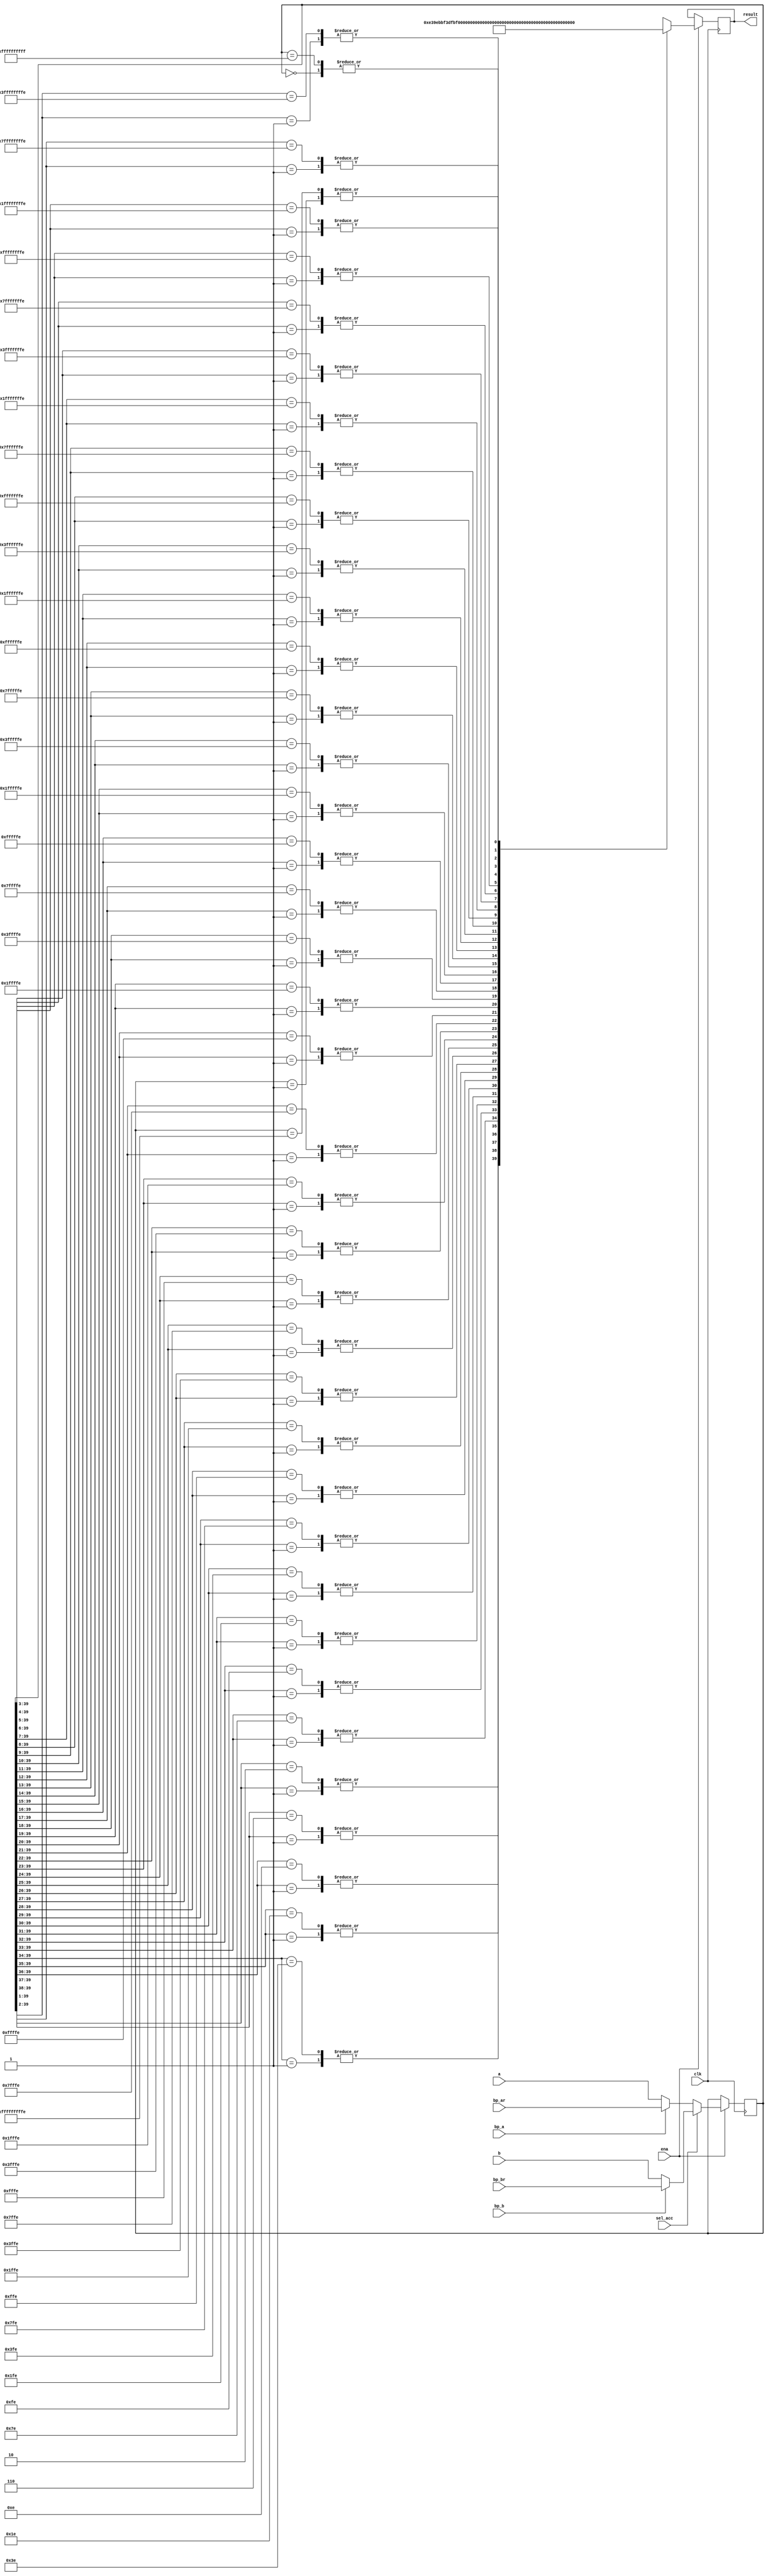
module oc54_exp (
	clk, ena,
	sel_acc,
	a, b,
	bp_ar, bp_br,
	bp_a, bp_b,
	result
	);

//
// parameters
//

//
// inputs & outputs
//
input         clk;
input         ena;
input         sel_acc;                  // select accumulator
input  [39:0] a, b;                     // accumulator inputs
input  [39:0] bp_ar, bp_br;             // bypass accumulator a / b
input         bp_a, bp_b;               // bypass selects
output [ 5:0] result;

reg [5:0] result;

//
// variables
//
reg [39:0] acc;

/////////////////
// module body //
/////////////////  34('1') - 1(sign bit) - 8

//
// generate input selection
//

// input selection
always@(posedge clk)
	if (ena)
		if (sel_acc)
			acc = bp_b ? bp_br : b;
		else
			acc = bp_a ? bp_ar : a;

//
// Generate exponent encoder
//
// The result of the exponent encoder is the number of leading
// redundant bits, except the sign-bit, -8. Exp is in the -8 to +31 range.

// 00_0110 -> 11_1001 -> 11_1010

always@(posedge clk)
	if (ena)
		casex (acc) // synopsis full_case parallel_case
			//
			// positive numbers
			//
			40'b01??_????_????_????_????_????_????_????_????_????:
				result <= #1 6'h38; // 1 (leading red. bit) - 1 (sign bit) - 8 = -8
			40'b001?_????_????_????_????_????_????_????_????_????:
				result <= #1 6'h39; // 2 (leading red. bit) - 1 (sign bit) - 8 = -7
			40'b0001_????_????_????_????_????_????_????_????_????:
				result <= #1 6'h3a; // 3 (leading red. bit) - 1 (sign bit) - 8 = -6
			40'b0000_1???_????_????_????_????_????_????_????_????:
				result <= #1 6'h3b; // 4 (leading red. bit) - 1 (sign bit) - 8 = -5

			40'b0000_01??_????_????_????_????_????_????_????_????:
				result <= #1 6'h3c; // 5 (leading red. bit) - 1 (sign bit) - 8 = -4
			40'b0000_001?_????_????_????_????_????_????_????_????:
				result <= #1 6'h3d; // 6 (leading red. bit) - 1 (sign bit) - 8 = -3
			40'b0000_0001_????_????_????_????_????_????_????_????:
				result <= #1 6'h3e; // 7 (leading red. bit) - 1 (sign bit) - 8 = -2
			40'b0000_0000_1???_????_????_????_????_????_????_????:
				result <= #1 6'h3f; // 8 (leading red. bit) - 1 (sign bit) - 8 = -1

			40'b0000_0000_01??_????_????_????_????_????_????_????:
				result <= #1 6'h00; // 9 (leading red. bit) - 1 (sign bit) - 8 = 0
			40'b0000_0000_001?_????_????_????_????_????_????_????:
				result <= #1 6'h01; //10 (leading red. bit) - 1 (sign bit) - 8 = 1
			40'b0000_0000_0001_????_????_????_????_????_????_????:
				result <= #1 6'h02; //11 (leading red. bit) - 1 (sign bit) - 8 = 2
			40'b0000_0000_0000_1???_????_????_????_????_????_????:
				result <= #1 6'h03; //12 (leading red. bit) - 1 (sign bit) - 8 = 3

			40'b0000_0000_0000_01??_????_????_????_????_????_????:
				result <= #1 6'h04; //13 (leading red. bit) - 1 (sign bit) - 8 = 4
			40'b0000_0000_0000_001?_????_????_????_????_????_????:
				result <= #1 6'h05; //14 (leading red. bit) - 1 (sign bit) - 8 = 5
			40'b0000_0000_0000_0001_????_????_????_????_????_????:
				result <= #1 6'h06; //15 (leading red. bit) - 1 (sign bit) - 8 = 6
			40'b0000_0000_0000_0000_1???_????_????_????_????_????:
				result <= #1 6'h07; //16 (leading red. bit) - 1 (sign bit) - 8 = 7

			40'b0000_0000_0000_0000_01??_????_????_????_????_????:
				result <= #1 6'h08; //17 (leading red. bit) - 1 (sign bit) - 8 = 8
			40'b0000_0000_0000_0000_001?_????_????_????_????_????:
				result <= #1 6'h09; //18 (leading red. bit) - 1 (sign bit) - 8 = 9
			40'b0000_0000_0000_0000_0001_????_????_????_????_????:
				result <= #1 6'h0a; //19 (leading red. bit) - 1 (sign bit) - 8 =10
			40'b0000_0000_0000_0000_0000_1???_????_????_????_????:
				result <= #1 6'h0b; //20 (leading red. bit) - 1 (sign bit) - 8 =11
	
			40'b0000_0000_0000_0000_0000_01??_????_????_????_????:
				result <= #1 6'h0c; //21 (leading red. bit) - 1 (sign bit) - 8 =12
			40'b0000_0000_0000_0000_0000_001?_????_????_????_????:
				result <= #1 6'h0d; //22 (leading red. bit) - 1 (sign bit) - 8 =13
			40'b0000_0000_0000_0000_0000_0001_????_????_????_????:
				result <= #1 6'h0e; //23 (leading red. bit) - 1 (sign bit) - 8 =14
			40'b0000_0000_0000_0000_0000_0000_1???_????_????_????:
				result <= #1 6'h0f; //24 (leading red. bit) - 1 (sign bit) - 8 =15

			40'b0000_0000_0000_0000_0000_0000_01??_????_????_????:
				result <= #1 6'h10; //25 (leading red. bit) - 1 (sign bit) - 8 =16
			40'b0000_0000_0000_0000_0000_0000_001?_????_????_????:
				result <= #1 6'h11; //26 (leading red. bit) - 1 (sign bit) - 8 =17
			40'b0000_0000_0000_0000_0000_0000_0001_????_????_????:
				result <= #1 6'h12; //27 (leading red. bit) - 1 (sign bit) - 8 =18
			40'b0000_0000_0000_0000_0000_0000_0000_1???_????_????:
				result <= #1 6'h13; //28 (leading red. bit) - 1 (sign bit) - 8 =19

			40'b0000_0000_0000_0000_0000_0000_0000_01??_????_????:
				result <= #1 6'h14; //29 (leading red. bit) - 1 (sign bit) - 8 =20
			40'b0000_0000_0000_0000_0000_0000_0000_001?_????_????:
				result <= #1 6'h15; //30 (leading red. bit) - 1 (sign bit) - 8 =21
			40'b0000_0000_0000_0000_0000_0000_0000_0001_????_????:
				result <= #1 6'h16; //31 (leading red. bit) - 1 (sign bit) - 8 =22
			40'b0000_0000_0000_0000_0000_0000_0000_0000_1???_????:
				result <= #1 6'h17; //32 (leading red. bit) - 1 (sign bit) - 8 =23

			40'b0000_0000_0000_0000_0000_0000_0000_0000_01??_????:
				result <= #1 6'h18; //33 (leading red. bit) - 1 (sign bit) - 8 =24
			40'b0000_0000_0000_0000_0000_0000_0000_0000_001?_????:
				result <= #1 6'h19; //34 (leading red. bit) - 1 (sign bit) - 8 =25
			40'b0000_0000_0000_0000_0000_0000_0000_0000_0001_????:
				result <= #1 6'h1a; //35 (leading red. bit) - 1 (sign bit) - 8 =26
			40'b0000_0000_0000_0000_0000_0000_0000_0000_0000_1???:
				result <= #1 6'h1b; //36 (leading red. bit) - 1 (sign bit) - 8 =27

			40'b0000_0000_0000_0000_0000_0000_0000_0000_0000_01??:
				result <= #1 6'h1c; //37 (leading red. bit) - 1 (sign bit) - 8 =28
			40'b0000_0000_0000_0000_0000_0000_0000_0000_0000_001?:
				result <= #1 6'h1d; //38 (leading red. bit) - 1 (sign bit) - 8 =29
			40'b0000_0000_0000_0000_0000_0000_0000_0000_0000_0001:
				result <= #1 6'h1e; //39 (leading red. bit) - 1 (sign bit) - 8 =30
			40'b0000_0000_0000_0000_0000_0000_0000_0000_0000_0000:
				result <= #1 6'h1f; //40 (leading red. bit) - 1 (sign bit) - 8 =31

			//
			// negative numbers
			//
			40'b10??_????_????_????_????_????_????_????_????_????:
				result <= #1 6'h38; // 1 (leading red. bit) - 1 (sign bit) - 8 = -8
			40'b110?_????_????_????_????_????_????_????_????_????:
				result <= #1 6'h39; // 2 (leading red. bit) - 1 (sign bit) - 8 = -7
			40'b1110_????_????_????_????_????_????_????_????_????:
				result <= #1 6'h3a; // 3 (leading red. bit) - 1 (sign bit) - 8 = -6
			40'b1111_0???_????_????_????_????_????_????_????_????:
				result <= #1 6'h3b; // 4 (leading red. bit) - 1 (sign bit) - 8 = -5

			40'b1111_10??_????_????_????_????_????_????_????_????:
				result <= #1 6'h3c; // 5 (leading red. bit) - 1 (sign bit) - 8 = -4
			40'b1111_110?_????_????_????_????_????_????_????_????:
				result <= #1 6'h3d; // 6 (leading red. bit) - 1 (sign bit) - 8 = -3
			40'b1111_1110_????_????_????_????_????_????_????_????:
				result <= #1 6'h3e; // 7 (leading red. bit) - 1 (sign bit) - 8 = -2
			40'b1111_1111_0???_????_????_????_????_????_????_????:
				result <= #1 6'h3f; // 8 (leading red. bit) - 1 (sign bit) - 8 = -1

			40'b1111_1111_10??_????_????_????_????_????_????_????:
				result <= #1 6'h00; // 9 (leading red. bit) - 1 (sign bit) - 8 = 0
			40'b1111_1111_110?_????_????_????_????_????_????_????:
				result <= #1 6'h01; //10 (leading red. bit) - 1 (sign bit) - 8 = 1
			40'b1111_1111_1110_????_????_????_????_????_????_????:
				result <= #1 6'h02; //11 (leading red. bit) - 1 (sign bit) - 8 = 2
			40'b1111_1111_1111_0???_????_????_????_????_????_????:
				result <= #1 6'h03; //12 (leading red. bit) - 1 (sign bit) - 8 = 3

			40'b1111_1111_1111_10??_????_????_????_????_????_????:
				result <= #1 6'h04; //13 (leading red. bit) - 1 (sign bit) - 8 = 4
			40'b1111_1111_1111_110?_????_????_????_????_????_????:
				result <= #1 6'h05; //14 (leading red. bit) - 1 (sign bit) - 8 = 5
			40'b1111_1111_1111_1110_????_????_????_????_????_????:
				result <= #1 6'h06; //15 (leading red. bit) - 1 (sign bit) - 8 = 6
			40'b1111_1111_1111_1111_0???_????_????_????_????_????:
				result <= #1 6'h07; //16 (leading red. bit) - 1 (sign bit) - 8 = 7

			40'b1111_1111_1111_1111_10??_????_????_????_????_????:
				result <= #1 6'h08; //17 (leading red. bit) - 1 (sign bit) - 8 = 8
			40'b1111_1111_1111_1111_110?_????_????_????_????_????:
				result <= #1 6'h09; //18 (leading red. bit) - 1 (sign bit) - 8 = 9
			40'b1111_1111_1111_1111_1110_????_????_????_????_????:
				result <= #1 6'h0a; //19 (leading red. bit) - 1 (sign bit) - 8 =10
			40'b1111_1111_1111_1111_1111_0???_????_????_????_????:
				result <= #1 6'h0b; //20 (leading red. bit) - 1 (sign bit) - 8 =11
	
			40'b1111_1111_1111_1111_1111_10??_????_????_????_????:
				result <= #1 6'h0c; //21 (leading red. bit) - 1 (sign bit) - 8 =12
			40'b1111_1111_1111_1111_1111_110?_????_????_????_????:
				result <= #1 6'h0d; //22 (leading red. bit) - 1 (sign bit) - 8 =13
			40'b1111_1111_1111_1111_1111_1110_????_????_????_????:
				result <= #1 6'h0e; //23 (leading red. bit) - 1 (sign bit) - 8 =14
			40'b1111_1111_1111_1111_1111_1111_0???_????_????_????:
				result <= #1 6'h0f; //24 (leading red. bit) - 1 (sign bit) - 8 =15

			40'b1111_1111_1111_1111_1111_1111_10??_????_????_????:
				result <= #1 6'h10; //25 (leading red. bit) - 1 (sign bit) - 8 =16
			40'b1111_1111_1111_1111_1111_1111_110?_????_????_????:
				result <= #1 6'h11; //26 (leading red. bit) - 1 (sign bit) - 8 =17
			40'b1111_1111_1111_1111_1111_1111_1110_????_????_????:
				result <= #1 6'h12; //27 (leading red. bit) - 1 (sign bit) - 8 =18
			40'b1111_1111_1111_1111_1111_1111_1111_0???_????_????:
				result <= #1 6'h13; //28 (leading red. bit) - 1 (sign bit) - 8 =19

			40'b1111_1111_1111_1111_1111_1111_1111_10??_????_????:
				result <= #1 6'h14; //29 (leading red. bit) - 1 (sign bit) - 8 =20
			40'b1111_1111_1111_1111_1111_1111_1111_110?_????_????:
				result <= #1 6'h15; //30 (leading red. bit) - 1 (sign bit) - 8 =21
			40'b1111_1111_1111_1111_1111_1111_1111_1110_????_????:
				result <= #1 6'h16; //31 (leading red. bit) - 1 (sign bit) - 8 =22
			40'b1111_1111_1111_1111_1111_1111_1111_1111_0???_????:
				result <= #1 6'h17; //32 (leading red. bit) - 1 (sign bit) - 8 =23

			40'b1111_1111_1111_1111_1111_1111_1111_1111_10??_????:
				result <= #1 6'h18; //33 (leading red. bit) - 1 (sign bit) - 8 =24
			40'b1111_1111_1111_1111_1111_1111_1111_1111_110?_????:
				result <= #1 6'h19; //34 (leading red. bit) - 1 (sign bit) - 8 =25
			40'b1111_1111_1111_1111_1111_1111_1111_1111_1110_????:
				result <= #1 6'h1a; //35 (leading red. bit) - 1 (sign bit) - 8 =26
			40'b1111_1111_1111_1111_1111_1111_1111_1111_1111_0???:
				result <= #1 6'h1b; //36 (leading red. bit) - 1 (sign bit) - 8 =27

			40'b1111_1111_1111_1111_1111_1111_1111_1111_1111_10??:
				result <= #1 6'h1c; //37 (leading red. bit) - 1 (sign bit) - 8 =28
			40'b1111_1111_1111_1111_1111_1111_1111_1111_1111_110?:
				result <= #1 6'h1d; //38 (leading red. bit) - 1 (sign bit) - 8 =29
			40'b1111_1111_1111_1111_1111_1111_1111_1111_1111_1110:
				result <= #1 6'h1e; //39 (leading red. bit) - 1 (sign bit) - 8 =30
			40'b1111_1111_1111_1111_1111_1111_1111_1111_1111_1111:
				result <= #1 6'h1f; //40 (leading red. bit) - 1 (sign bit) - 8 =31
		endcase

endmodule